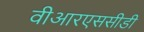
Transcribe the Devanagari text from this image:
वीआरएससीडी